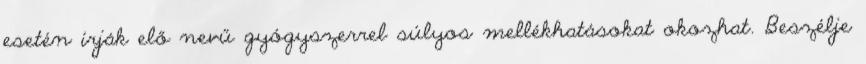
esetén írják elő nevű gyógyszerrel súlyos mellékhatásokat okozhat. Beszélje